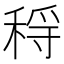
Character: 𥟳